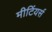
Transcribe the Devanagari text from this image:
मीटिंयर्स